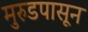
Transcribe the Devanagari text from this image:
मुरुडपासून